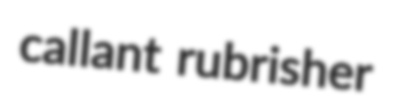
callant rubrisher